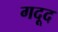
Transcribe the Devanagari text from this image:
गदूद